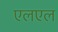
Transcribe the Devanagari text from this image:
एलएल